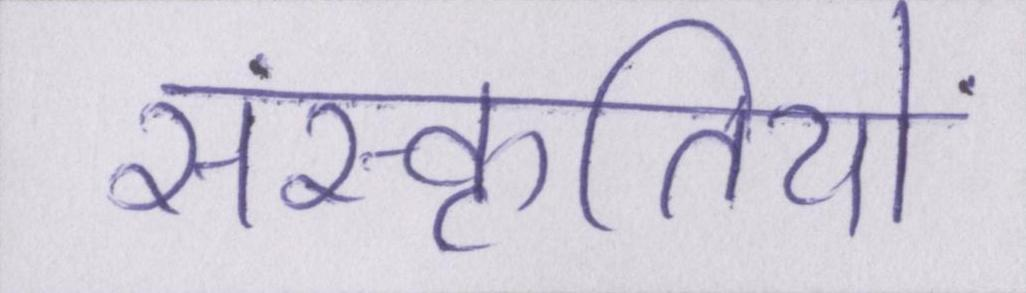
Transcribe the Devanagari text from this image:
संस्कृतियों